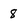
Character: 8